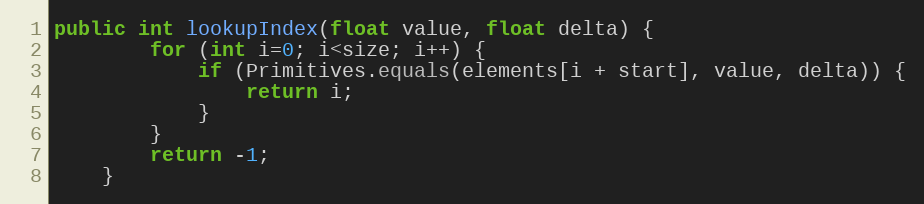
Language: Java
public int lookupIndex(float value, float delta) {
        for (int i=0; i<size; i++) {
            if (Primitives.equals(elements[i + start], value, delta)) {
                return i;
            }
        }
        return -1;
    }